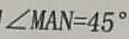
\angle M A N = 4 5 ^ { \circ }